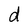
Character: d